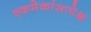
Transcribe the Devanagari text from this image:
एकमेकांसापेक्ष